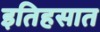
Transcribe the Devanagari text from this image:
इतिहसात